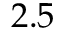
2 . 5